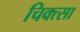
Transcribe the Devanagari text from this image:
चिक्त्सा